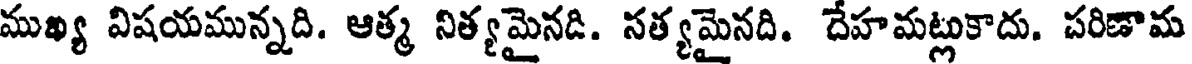
ముఖ్య విషయమున్నది. ఆత్మ నిత్యమైనడి. సత్యమైనది. దేహమట్లుకాదు. పరిణామ